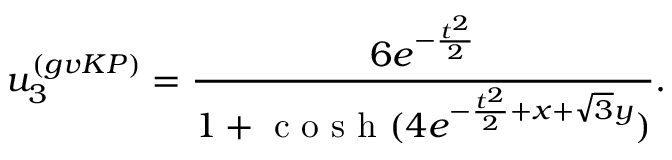
u _ { 3 } ^ { ( g v K P ) } = \frac { 6 e ^ { - \frac { t ^ { 2 } } { 2 } } } { 1 + \mathrm { ~ c ~ o ~ s ~ h ~ } ( 4 e ^ { - \frac { t ^ { 2 } } { 2 } + x + \sqrt { 3 } y } ) } .